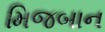
મિજબાન